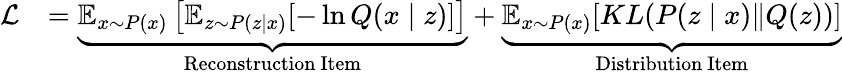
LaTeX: \begin{array}{rl}{\mathcal{L}}&{=\underbrace{\mathbb{E}_{{x}\sim{P}(x)}\left[\mathbb{E}_{z\sim P(z\mid x)}[-\ln Q(x\mid z)]\right]}_{\mathrm{Reconstruction~Item}}+\underbrace{\mathbb{E}_{{x}\sim{P}(x)}{[KL(P(z\mid x)\| Q(z))]}}_{\mathrm{Distribution~Item}}}\end{array}